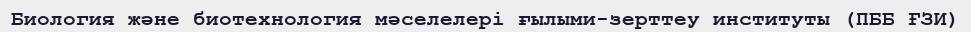
Биология және биотехнология мәселелері ғылыми-зерттеу институты (ПББ ҒЗИ)